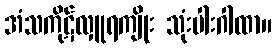
အံသကိုဋ်လှူရကျိုး သုံးပါးဂါထာ။